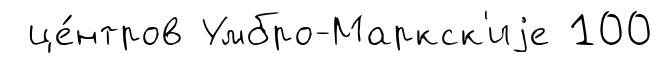
це́нтров Умбро-Маркск'иjе 100